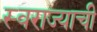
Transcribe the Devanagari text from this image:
स्‍वराज्याची